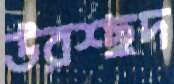
উরশ্ছদ